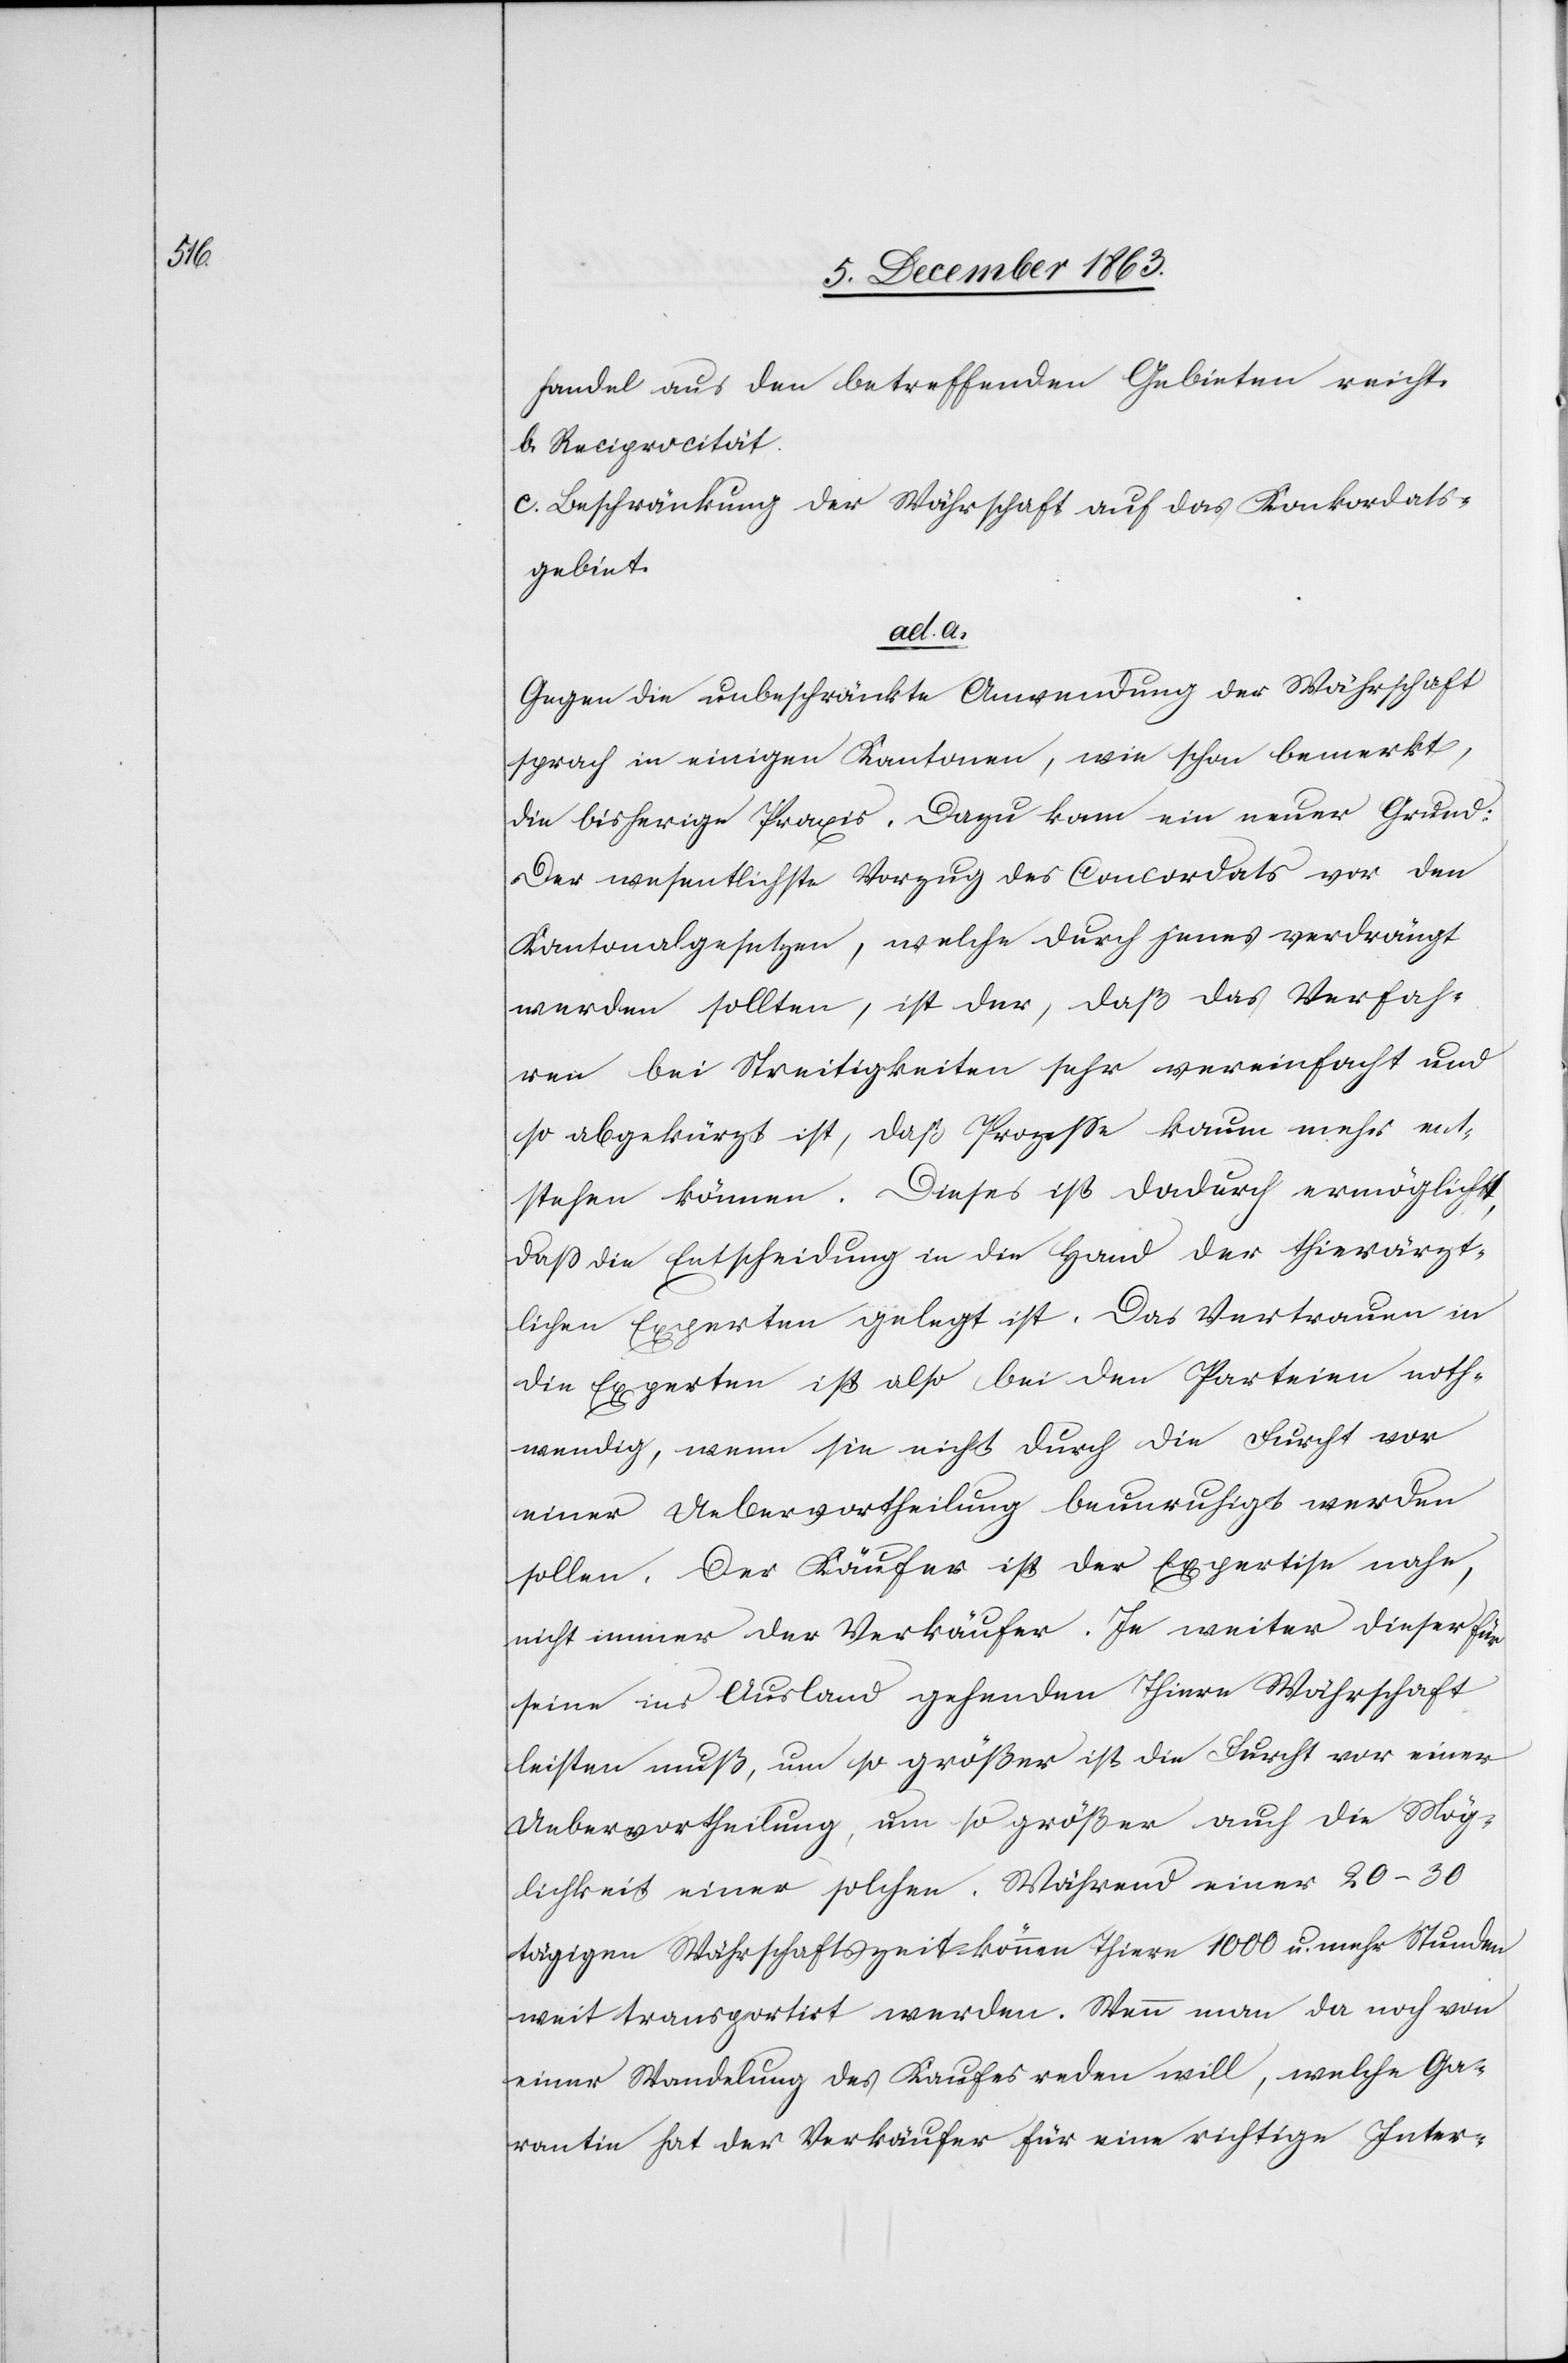
ad.

a.

handel aus den betreffenden Gebieten reicht.
b. Reciprocität.
c. Beschränkung der Währschaft auf das Konkordats¬
gebiet.
Gegen die unbeschränkte Anwendung der Währschaft
sprach in einigen Kantonen, wie schon bemerkt,
die bisherige Praxis. Dazu kam ein neuer Grund:
Der wesentlichste Vorzug des Concordats vor den
Kantonalgesetzen, welche durch jenes verdrängt
werden sollten, ist der, daß das Verfah¬
ren bei Streitigkeiten sehr vereinfacht und
so abgekürzt ist, daß Prozesse kaum mehr ent¬
stehen können. Dieses ist dadurch ermöglicht,
dass die Entscheidung in die Hand der thierärzt¬
lichen Experten gelegt ist. Das Vertrauen in
die Experten ist also bei den Parteien noth¬
wendig, wenn sie nicht durch die Furcht vor
einer Uebervortheilung beunruhigt werden
sollen. Der Käufer ist der Expertise nahe,
nicht immer der Verkäufer. Je weiter dieser für
seine ins Ausland gehenden Thiere Währschaft
leisten muß, um so größer ist die Furcht vor einer
Uebervortheilung, um so größer auch die Mög¬
lichkeit einer solchen. Während einer 20–30
tägigen Währschaftszeit können Thiere 1000 u. mehr Stunden
weit transportirt werden. Wenn man da noch von
einer Wandelung des Kaufes reden will, welche Ga¬
rantie hat der Verkäufer für eine richtige Inter-